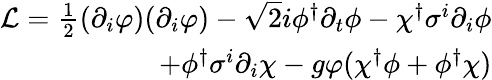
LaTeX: \begin{array}{r}{\mathcal{L}=\frac{1}{2}(\partial_{i}\varphi)(\partial_{i}\varphi)-\sqrt{2}i\phi^{\dagger}\partial_{t}\phi-\chi^{\dagger}\sigma^{i}\partial_{i}\phi}\\ {+\phi^{\dagger}\sigma^{i}\partial_{i}\chi-g\varphi(\chi^{\dagger}\phi+\phi^{\dagger}\chi)}\end{array}